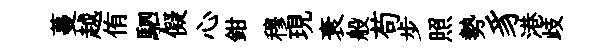
蔓越侑駟儗心鉗穆現衰般苟步照勢豸港歧